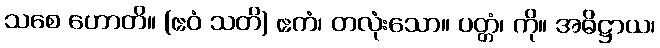
သစေ ဟောတိ။ (ဧဝံ သတိ) ဧကံ၊ တလုံးသော။ ပတ္တံ၊ ကို။ အဓိဋ္ဌာယ၊